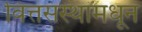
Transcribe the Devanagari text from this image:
वित्तसंस्थांमधून